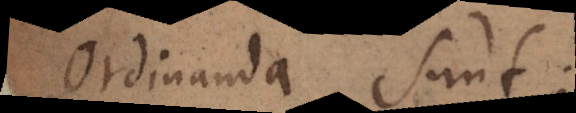
ordinanda sunt: